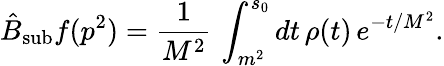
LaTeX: \hat{B}_{\mathrm{sub}}f(p^{2})=\frac{1}{M^{2}}\, \int_{m^{2}}^{s_{0}}dt\, \rho(t)\, e^{-t/M^{2}}.